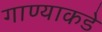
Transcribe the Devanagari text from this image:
गाण्याकडे